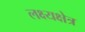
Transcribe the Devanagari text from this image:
लक्ष्यक्षेत्र